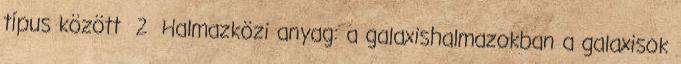
típus között 2 Halmazközi anyag: a galaxishalmazokban a galaxisok